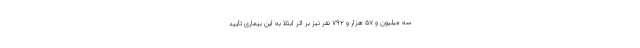
سه میلیون و ۵۷ هزار و ۷۹۲ نفر نیز بر اثر ابتلا به این بیماری تأیید